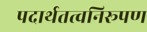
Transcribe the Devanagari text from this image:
पदार्थतत्वनिरूपण